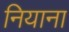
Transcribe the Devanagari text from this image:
नियाना